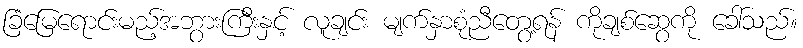
ခြံမြေရောင်းမည့်အဘွားကြီးနှင့် လူချင်း မျက်နှာစုံညီတွေ့ရန် ကိုချစ်ဆွေကို ခေါ်သည်။